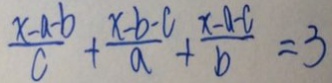
\frac { x - a - b } { c } + \frac { x - b - c } { a } + \frac { x - a - c } { b } = 3